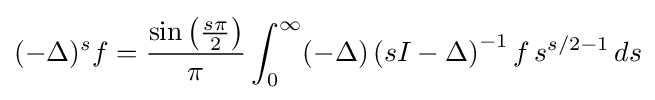
(-\Delta )^{s}f={\frac {\sin \left({\frac {s\pi }{2}}\right)}{\pi }}\int _{0}^{\infty }(-\Delta )\left(sI-\Delta \right)^{-1}f\,s^{s/2-1}\,ds